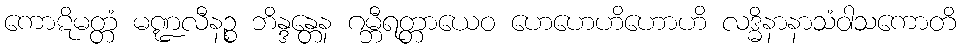
ကောဋိမတ္တံ မဏ္ဍလီနဉ္စ ဘိန္ဒန္တေန ဂမ္ဘီရတ္တာယေဝ ဟေဟေဟိဟောဟိ လဒ္ဓိနာနာသံဝါသကောတိ